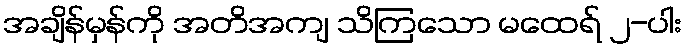
အချိန်မှန်ကို အတိအကျ သိကြသော မထေရ် ၂-ပါး